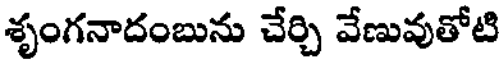
శృంగనాదంబును చేర్చి వేణువుతోటి